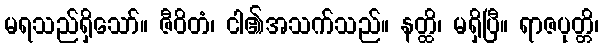
မရသည်ရှိသော်။ ဇီဝိတံ၊ ငါ၏အသက်သည်။ နတ္ထိ၊ မရှိပြီ။ ရာဇပုတ္တိ၊